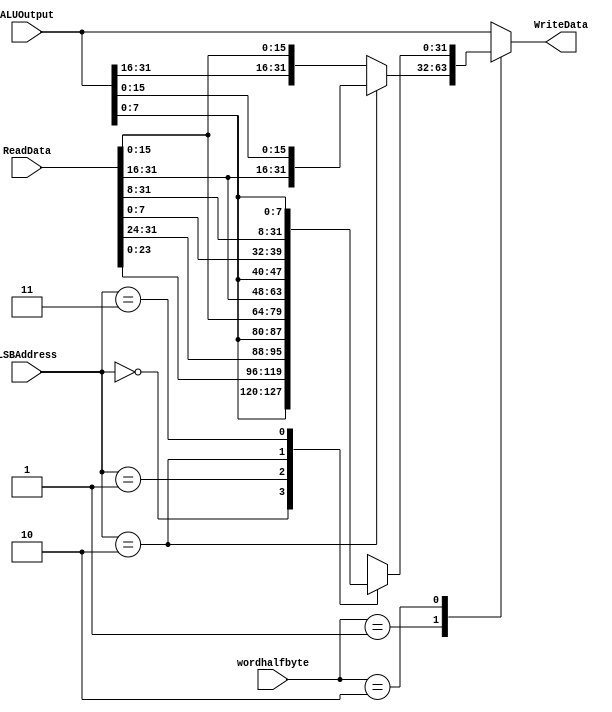
`timescale 1ns / 1ps
//////////////////////////////////////////////////////////////////////////////////
// Company: 
// Engineer: 
// 
// Design Name: 
// Module Name: StoreMasker
// Project Name: 
// Target Devices: 
// Tool Versions: 
// Description: 
// 
// Dependencies: 
// 
// Revision:
// Revision 0.01 - File Created
// Additional Comments:
// 
//////////////////////////////////////////////////////////////////////////////////


module StoreMasker (
    ALUOutput,
    ReadData,
    wordhalfbyte,
    LSBAddress,
    WriteData
);

  input [31:0] ReadData, ALUOutput;
  input [1:0] wordhalfbyte;
  input [1:0] LSBAddress;

  output reg [31:0] WriteData;

  always @(*) begin
    case (wordhalfbyte)
      2'b00: //word
			begin
        WriteData = ALUOutput;
      end
      2'b01: //half
			begin
        case (LSBAddress)
          2'b00: //First half
					begin
            WriteData = {ALUOutput[31:16], ReadData[15:0]};
          end
          2'b10: //Second half
					begin
            WriteData = {ReadData[31:16], ALUOutput[15:0]};
          end
          default: //First half
					begin
            WriteData = {ALUOutput[31:16], ReadData[15:0]};
          end
        endcase
      end
      2'b10: //byte
			begin
        case (LSBAddress)
          2'b00: //First quarter (big endian land)
					begin
            WriteData = {ALUOutput[7:0], ReadData[23:0]};
          end
          2'b01: //Second quarter
					begin
            WriteData = {ReadData[31:24], ALUOutput[7:0], ReadData[15:0]};
          end
          2'b10: //Third quarter
					begin
            WriteData = {ReadData[31:16], ALUOutput[7:0], ReadData[7:0]};
          end
          2'b11: //Fourth quarter
					begin
            WriteData = {ReadData[31:8], ALUOutput[7:0]};
          end
        endcase
      end
      default: //word
			begin
        WriteData = ALUOutput;
      end
    endcase
  end

endmodule